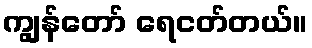
ကျွန်တော် ရေငတ်တယ်။